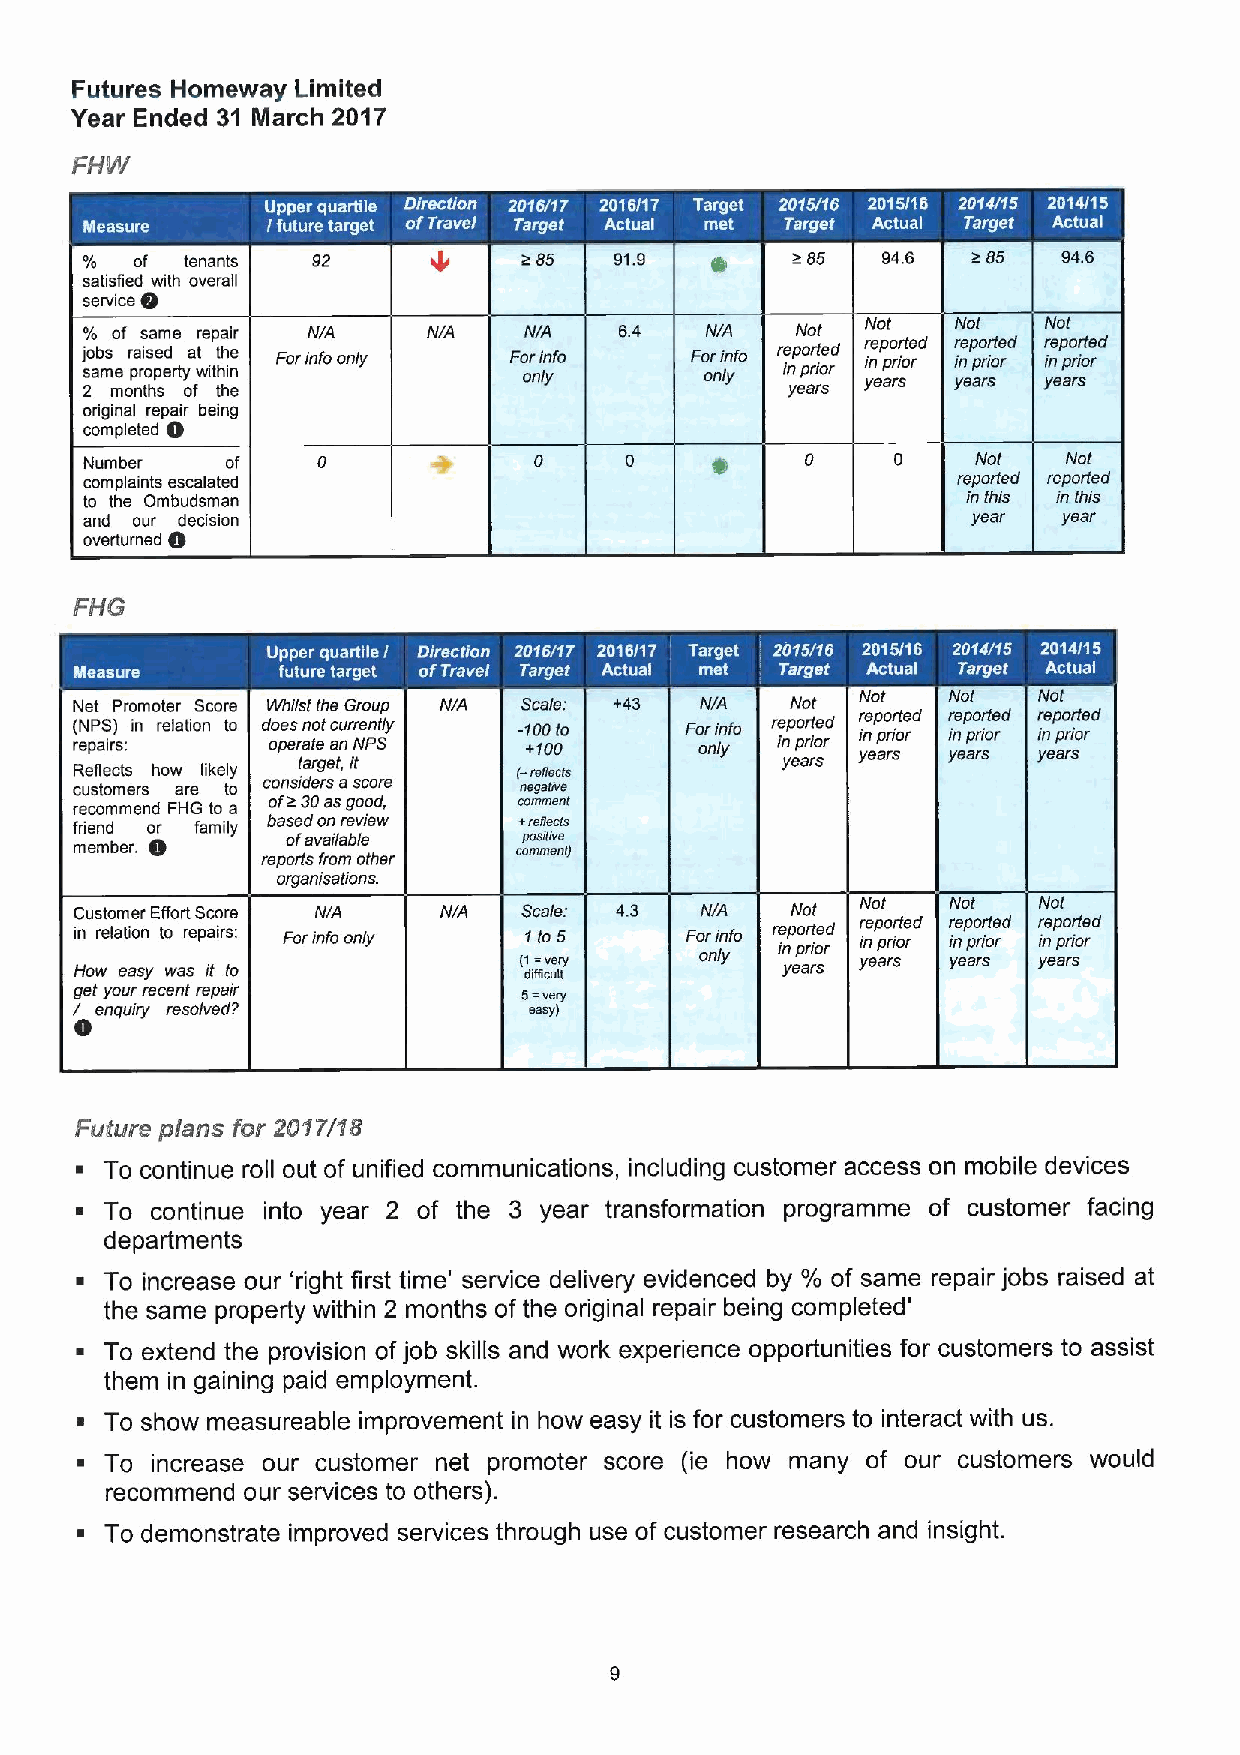
Futures Homeway Limited
 Year Ended 31 March 2017
 .
 e      1     1       ~   t     I  ~  t     I
 of tenants  92            &85   91.9  0    &85   94.6  a85   94.6
 satisfied0with overall
 service
 of same repair NIA   NIA    NIA   6.4   NIA   Not Not   No/   Not
 lepolfed reported reported
 j so ab ms
 e
 r pa ri os pe ed rtyat witht ih ne Farinfo on/y Fa or ni /n yfo Fo or n/i ynto r ie npo pr rt ie od
 r
 i yn eap rr sior i yn eap rr sior i yn eap rr sior
 2 months of the                               years
 original rep0air being
 completed
 Number   of                        0           0     0     Not   Not
 complaints escalated                                     reported reported
 to the Ombudsman                                          in this in this
 and our 0decision                                         year  year
 overturned
 Net Promoter Score Whilst the Group NIA Scale: +43 NIA /1(ot' Not Not Not
 reported reported reported
 ( reN pP aS ir) s: in relation to d oo pe es ran to et c au nrr Nen P(( Sy -1 +0 10 00to Fa or ni /n yfa r /e 0po pr rt /oe rd yin eap rri sor i yn eap rr sior i yn eap rr sior
 Reflects how likely target, it (-re((ecto      years
 customers are to considers ascore negative
 recommend FHG to a ofa30asgoad, comment
 friend o0r family bas ae fd avo an i/ar be (v eiew + pt oe eg t(e mc ele
 member.     reports from other comment/
 arganisations.
 Customer Effort Score NIA NIA Scale: 4.3 NIA   Not  Not   Not   Not
 in re/ation to repairs: Farinfo only fta5 Forinfa r ie npa pr rt ie od
 r
 ir nep po rr iote rd i( nsp pa r( iofe rd ir nep po rr it oe rd
 How easy was it to           (1 dli= iicv ne llry only years years years years
 Iget your recent repair       5=very
 0enguiry resolved?            eeeyl
 Futtttre plans for 20fT/fa
 ~ To continue roll out of unified communications, including customer access on mobile devices
 ~ To continue into year 2 of the 3 year transformation programme of customer facing
 departments
 ~ To increase our 'right first time' service delivery evidenced by % of same repair jobs raised at
 the same property within 2 months of the original repair being completed'
 ~ To extend the provision ofjob skills and work experience opportunities for customers to assist
 them in gaining paid employment.
 ~ To show measureable improvement in how easy it is for customers to interact with us.
 ~ To increase our customer net promoter score (ie how many of our customers would
 recommend our services to others).
 ~ To demonstrate improved services through use of customer research and insight.